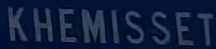
KHEMISSET